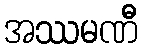
အဿမဏီ